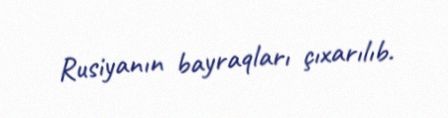
Rusiyanın bayraqları çıxarılıb.